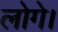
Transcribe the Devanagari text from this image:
लोगे।